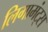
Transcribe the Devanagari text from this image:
लिगामंट्स